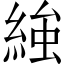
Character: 𮈩